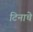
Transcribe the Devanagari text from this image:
टिनाचे